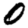
Digit: 0